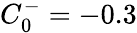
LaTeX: C_{0}^{-}=-0.3